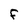
Character: f